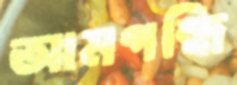
আমগন্ধি